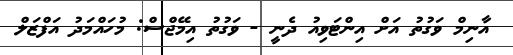
އާނިމް ވަގުތު އަށް އިންޓަވިއު ދެނީ - ވަގުތު އިމޭޖްސް: މުހައްމަދު އަފްޒަލް